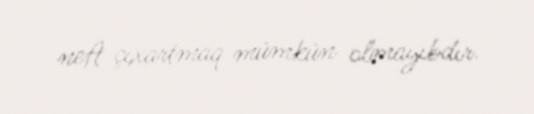
neft çıxartmaq mümkün olmayıbdır.